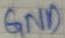
Text: GND